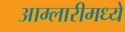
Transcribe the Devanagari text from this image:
आम्लारीमध्ये